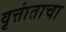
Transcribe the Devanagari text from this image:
वृत्तांताचा